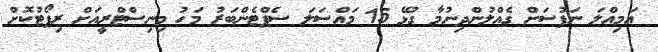
އަމިއްލަ ނަފުސަށް ގެއްލުންދިނުމާ ގުޅޭ 15 މައްސަލަ ސެޕްޓެންބަރު މަހު މިނިސްޓްރީއަށް ރިޕޯޓުކޮށް